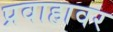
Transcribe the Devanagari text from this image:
प्रवाहावर